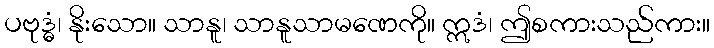
ပဗုဒ္ဓံ၊ နိုးသော။ သာနူ၊ သာနူသာမဏေကို။ ဣဒံ၊ ဤစကားသည်ကား။